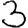
Digit: 3